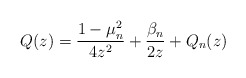
\begin{align*}Q(z)= \frac{1-\mu _n^2}{4 z^2}+\frac{\beta_n}{2 z}+ Q_n(z)\end{align*}